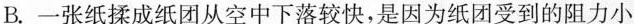
B.一张纸揉成纸团从空中下落较快，是因为纸团受到的阻力小